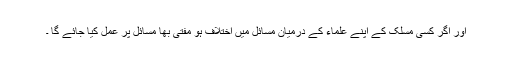
اور اگر کسی مسلک کے اپنے علماء کے درمیان مسائل میں اختلاف ہو مفتٰی بھا مسائل پر عمل کیا جائے گا ۔